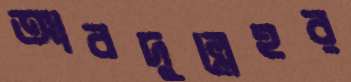
আবদুল্লেহর